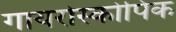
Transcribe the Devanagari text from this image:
गायरोस्कोपिक